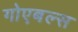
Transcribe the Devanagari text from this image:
गोएबल्स